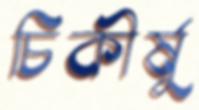
চিকীর্ষু